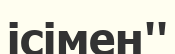
ісімен''